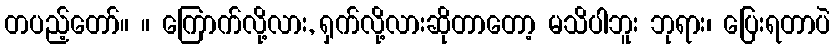
တပည့်တော်။ ။ ကြောက်လို့လား, ရှက်လို့လားဆိုတာတော့ မသိပါဘူး ဘုရား၊ ပြေးရတာပဲ